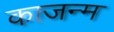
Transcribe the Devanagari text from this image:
काजन्‍म